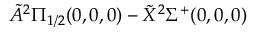
\tilde { A } ^ { 2 } \Pi _ { 1 / 2 } ( 0 , 0 , 0 ) - \tilde { X } ^ { 2 } \Sigma ^ { + } ( 0 , 0 , 0 )